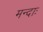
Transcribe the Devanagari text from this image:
मन्दाः